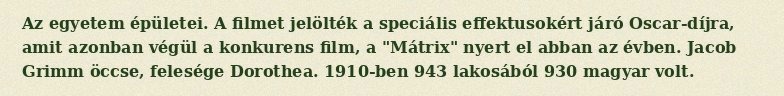
Az egyetem épületei. A filmet jelölték a speciális effektusokért járó Oscar-díjra, amit azonban végül a konkurens film, a "Mátrix" nyert el abban az évben. Jacob Grimm öccse, felesége Dorothea. 1910-ben 943 lakosából 930 magyar volt.